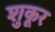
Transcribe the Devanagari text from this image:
शुकूर